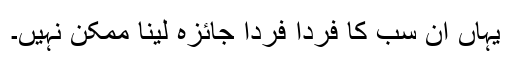
یہاں ان سب کا فرداً فرداً جائزہ لینا ممکن نہیں۔